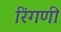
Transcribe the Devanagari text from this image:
रिंगणी